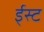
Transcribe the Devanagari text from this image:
ई्स्ट